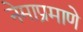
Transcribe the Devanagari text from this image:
नेमाप्रमाणे